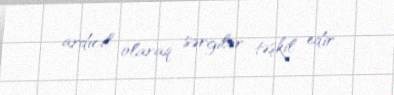
ardıcıl olaraq sərgilər təşkil edir.